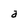
Character: a